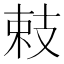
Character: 㩽